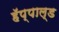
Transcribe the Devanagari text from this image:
हॅप्पाल्ड